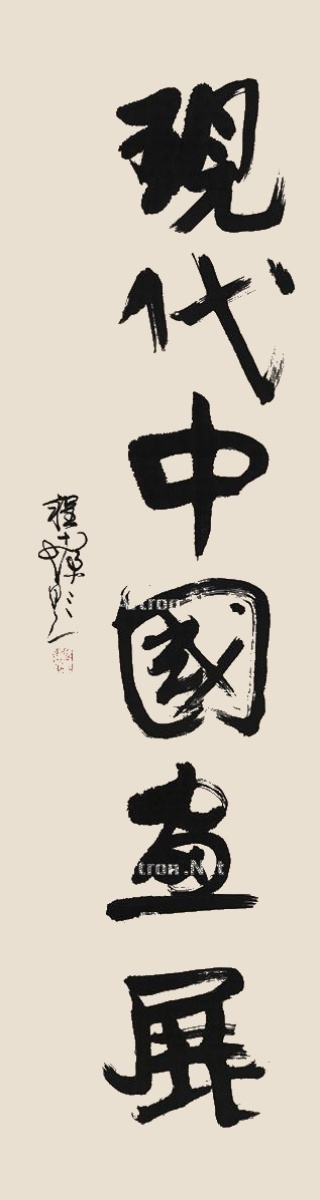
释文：现代中国画展。程十发题。